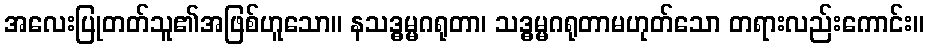
အလေးပြုတတ်သူ၏အဖြစ်ဟူသော။ နသဒ္ဓမ္မဂရုတာ၊ သဒ္ဓမ္မဂရုတာမဟုတ်သော တရားလည်းကောင်း။